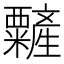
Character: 䊲